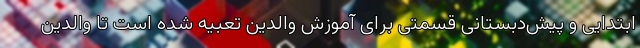
ابتدایی و پیش‌دبستانی قسمتی برای آموزش والدین تعبیه شده است تا والدین